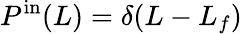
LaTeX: P^{\mathrm{in}}(L)=\delta(L-L_{f})